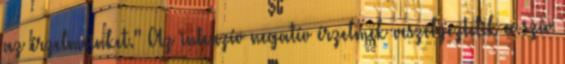
az érzelmeinket." Az intenzív negatív érzelmek veszélyeztetik a szív